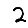
Digit: 2